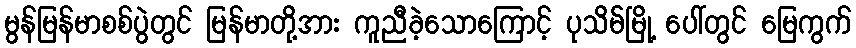
မွန်မြန်မာစစ်ပွဲတွင် မြန်မာတို့အား ကူညီခဲ့သောကြောင့် ပုသိမ်မြို့ ပေါ်တွင် မြေကွက်